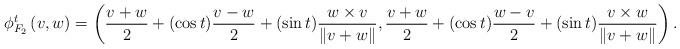
LaTeX: \begin{align*} \phi_{F_2}^{t}\left(v,w\right)=\left(\frac{v+w}{2}+(\cos t)\frac{v-w}{2}+(\sin t)\frac{w\times v}{\|v+w\|},\frac{v+w}{2}+(\cos t)\frac{w-v}{2}+(\sin t)\frac{v\times w}{\|v+w\|}\right).\end{align*}